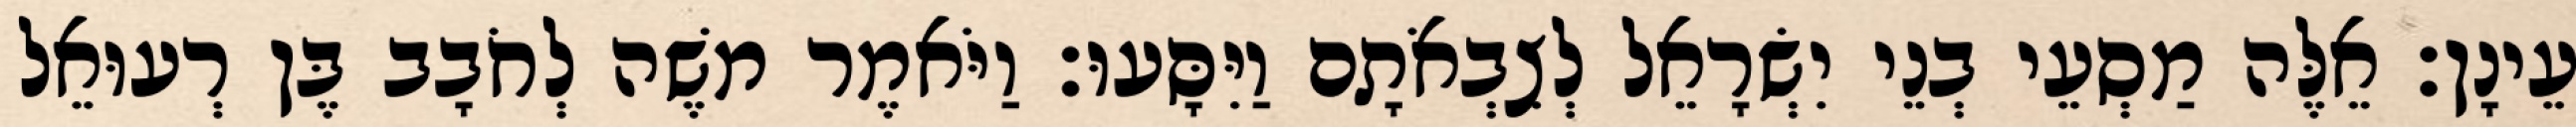
עֵינָן׃ אֵלֶּה מַסְעֵי בְנֵי יִשְׂרָאֵל לְצִבְאֹתָם וַיִּסָּעוּ׃ וַיֹּאמֶר משֶׁה לְחֹבָב בֶּן רְעוּאֵל